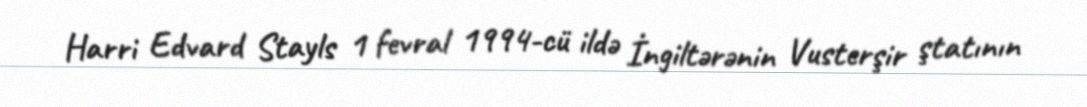
Harri Edvard Stayls 1 fevral 1994-cü ildə İngiltərənin Vusterşir ştatının